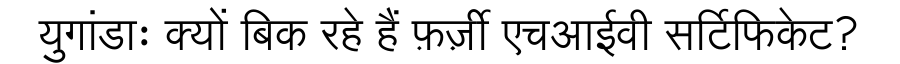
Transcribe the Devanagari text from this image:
युगांडाः क्यों बिक रहे हैं फ़र्ज़ी एचआईवी सर्टिफिकेट?